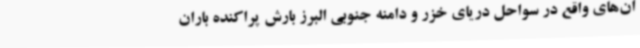
ان‌های واقع در سواحل دریای خزر و دامنه جنوبی البرز بارش پراکنده باران